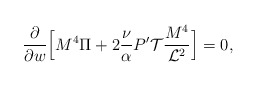
\begin{align*}\frac{\partial}{\partial w} \Big[ M^4 \Pi + 2 \frac{\nu}{\alpha} P' {\cal T} \frac{M^4}{{\cal L}^2}\Big]=0,\end{align*}